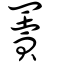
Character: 藚